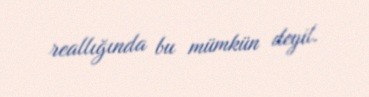
reallığında bu mümkün deyil.